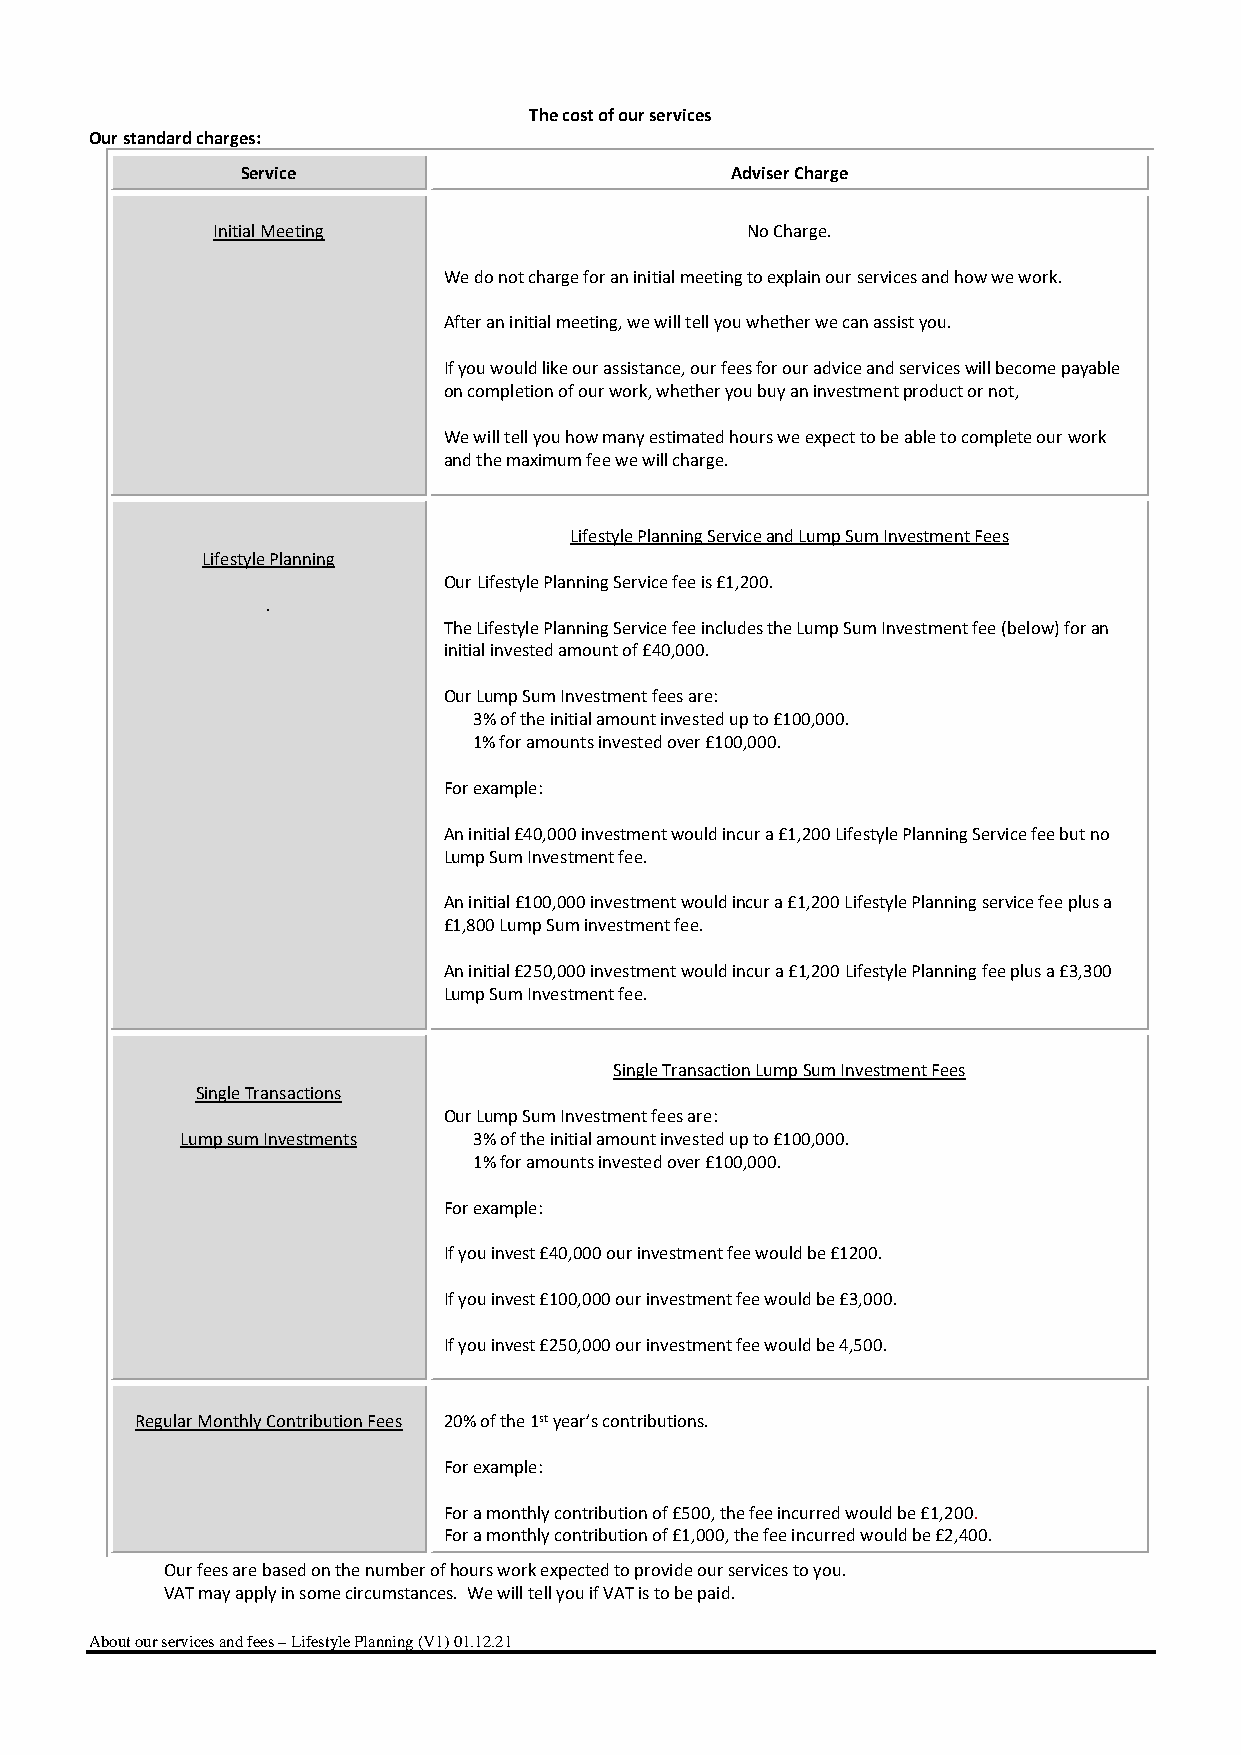
The cost of our services
 Our standard charges:
 Service                         Adviser Charge
 Initial Meeting                    No Charge.
 We do not charge for an initial meeting to explain our services and how we work.
 After an initial meeting, we will tell you whether we can assist you.
 If you would like our assistance, our fees for our advice and services will become payable
 on completion of our work, whether you buy an investment product or not,
 We will tell you how many estimated hours we expect to be able to complete our work
 and the maximum fee we will charge.
 Lifestyle Planning Service and Lump Sum Investment Fees
 Lifestyle Planning
 Our Lifestyle Planning Service fee is £1,200.
 .
 The Lifestyle Planning Service fee includes the Lump Sum Investment fee (below) for an
 initial invested amount of £40,000.
 Our Lump Sum Investment fees are:
 3% of the initial amount invested up to £100,000.
 1% for amounts invested over £100,000.
 For example:
 An initial £40,000 investment would incur a £1,200 Lifestyle Planning Service fee but no
 Lump Sum Investment fee.
 An initial £100,000 investment would incur a £1,200 Lifestyle Planning service fee plus a
 £1,800 Lump Sum investment fee.
 An initial £250,000 investment would incur a £1,200 Lifestyle Planning fee plus a £3,300
 Lump Sum Investment fee.
 Single Transaction Lump Sum Investment Fees
 Single Transactions
 Our Lump Sum Investment fees are:
 Lump sum Investments 3% of the initial amount invested up to £100,000.
 1% for amounts invested over £100,000.
 For example:
 If you invest £40,000 our investment fee would be £1200.
 If you invest £100,000 our investment fee would be £3,000.
 If you invest £250,000 our investment fee would be 4,500.
 Regular Monthly Contribution Fees 20% of the 1st year’s contributions.
 For example:
 For a monthly contribution of £500, the fee incurred would be £1,200.
 For a monthly contribution of £1,000, the fee incurred would be £2,400.
 Our fees are based on the number of hours work expected to provide our services to you.
 VAT may apply in some circumstances. We will tell you if VAT is to be paid.
 About our services and fees – Lifestyle Planning (V1) 01.12.21